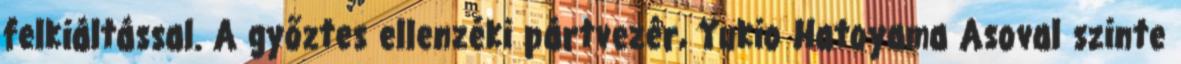
felkiáltással. A győztes ellenzéki pártvezér, Yukio Hatoyama Asoval szinte